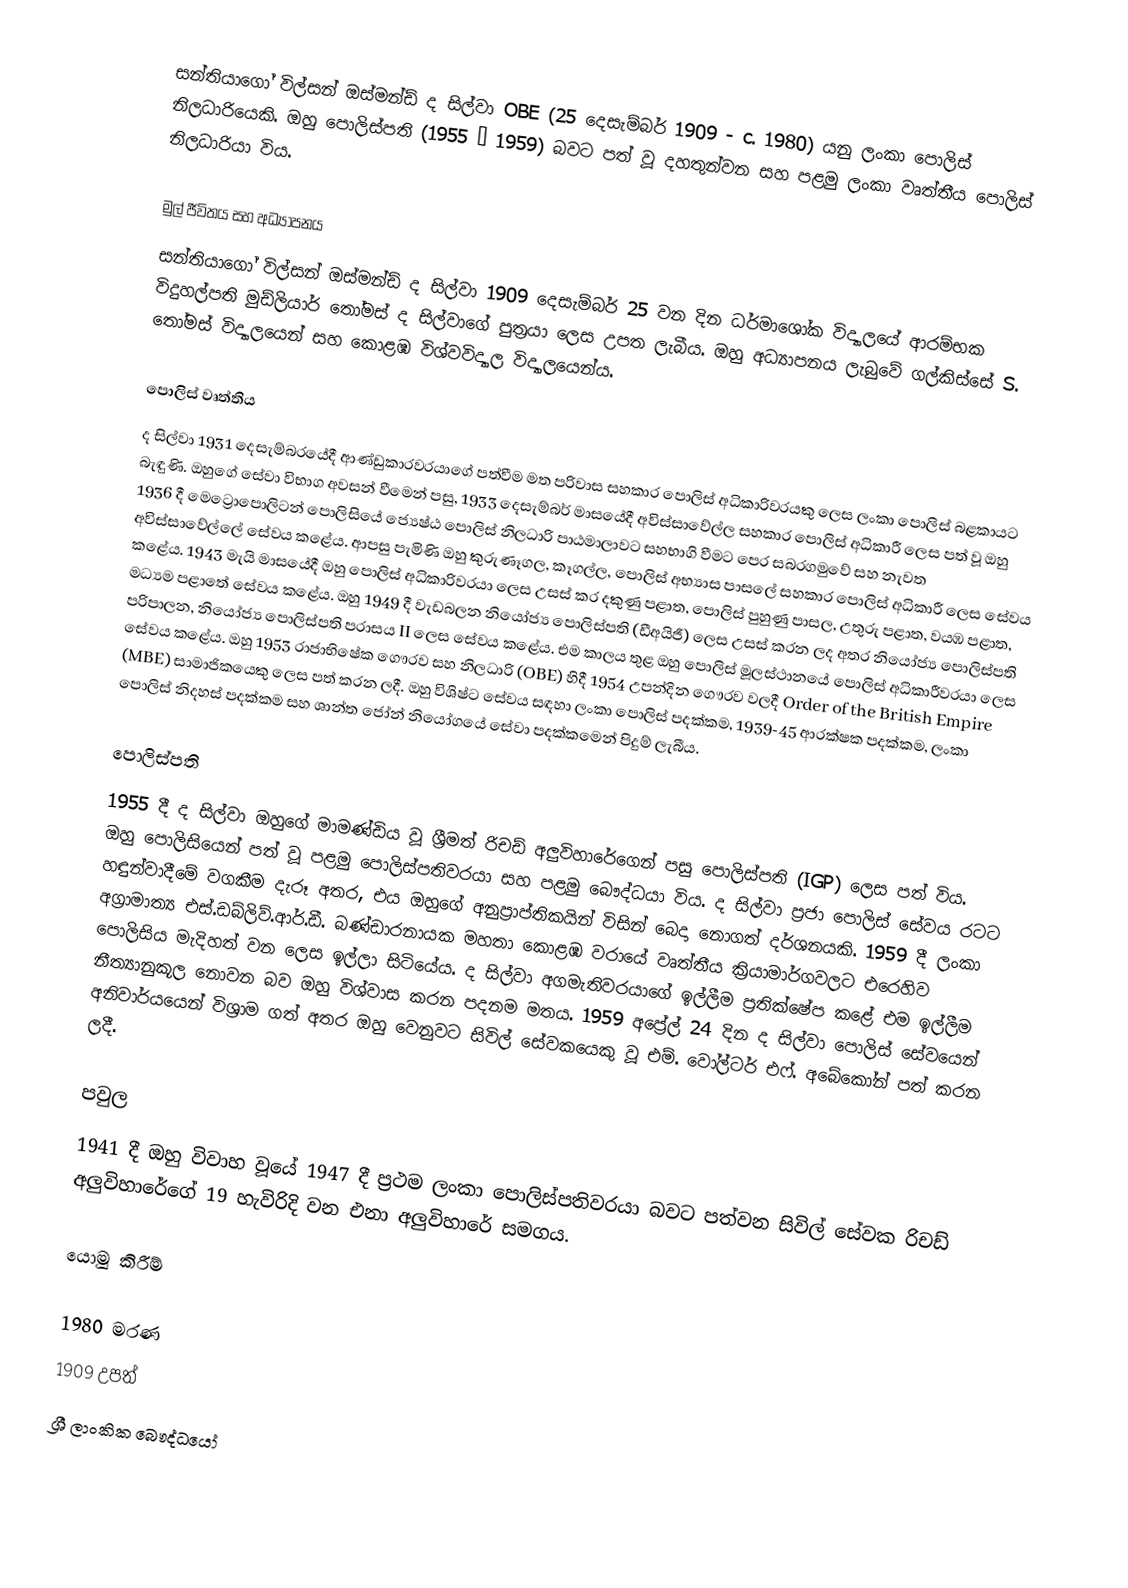
සන්තියාගෝ විල්සන් ඔස්මන්ඩ් ද සිල්වා OBE (25 දෙසැම්බර් 1909 - c. 1980) යනු ලංකා පොලිස් නිලධාරියෙකි. ඔහු පොලිස්පති (1955 – 1959) බවට පත් වූ දහතුන්වන සහ පළමු ලංකා වෘත්තීය පොලිස් නිලධාරියා විය.

මුල් ජීවිතය සහ අධ්‍යාපනය
සන්තියාගෝ විල්සන් ඔස්මන්ඩ් ද සිල්වා 1909 දෙසැම්බර් 25 වන දින ධර්මාශෝක විද්‍යාලයේ ආරම්භක විදුහල්පති මුඩ්ලියාර් තෝමස් ද සිල්වාගේ පුත්‍රයා ලෙස උපත ලැබීය. ඔහු අධ්‍යාපනය ලැබුවේ ගල්කිස්සේ S. තෝමස් විද්‍යාලයෙන් සහ කොළඹ විශ්වවිද්‍යාල විද්‍යාලයෙන්ය.

පොලිස් වෘත්තිය
ද සිල්වා 1931 දෙසැම්බරයේදී ආණ්ඩුකාරවරයාගේ පත්වීම මත පරිවාස සහකාර පොලිස් අධිකාරිවරයකු ලෙස ලංකා පොලිස් බළකායට බැඳුණි. ඔහුගේ සේවා විභාග අවසන් වීමෙන් පසු, 1933 දෙසැම්බර් මාසයේදී අවිස්සාවේල්ල සහකාර පොලිස් අධිකාරී ලෙස පත් වූ ඔහු 1936 දී මෙට්‍රොපොලිටන් පොලිසියේ ජ්‍යෙෂ්ඨ පොලිස් නිලධාරි පාඨමාලාවට සහභාගි වීමට පෙර සබරගමුවේ සහ නැවත අවිස්සාවේල්ලේ සේවය කළේය. ආපසු පැමිණි ඔහු කුරුණෑගල, කෑගල්ල, පොලිස් අභ්‍යාස පාසලේ සහකාර පොලිස් අධිකාරී ලෙස සේවය කළේය. 1943 මැයි මාසයේදී ඔහු පොලිස් අධිකාරිවරයා ලෙස උසස් කර දකුණු පළාත, පොලිස් පුහුණු පාසල, උතුරු පළාත, වයඹ පළාත, මධ්‍යම පළාතේ සේවය කළේය. ඔහු 1949 දී වැඩබලන නියෝජ්‍ය පොලිස්පති (ඩීඅයිජී) ලෙස උසස් කරන ලද අතර නියෝජ්‍ය පොලිස්පති පරිපාලන, නියෝජ්‍ය පොලිස්පති පරාසය II ලෙස සේවය කළේය. එම කාලය තුළ ඔහු පොලිස් මූලස්ථානයේ පොලිස් අධිකාරීවරයා ලෙස සේවය කළේය. ඔහු 1953 රාජාභිෂේක ගෞරව සහ නිලධාරි (OBE) හිදී 1954 උපන්දින ගෞරව වලදී Order of the British Empire (MBE) සාමාජිකයෙකු ලෙස පත් කරන ලදී. ඔහු විශිෂ්ට සේවය සඳහා ලංකා පොලිස් පදක්කම, 1939-45 ආරක්ෂක පදක්කම, ලංකා පොලිස් නිදහස් පදක්කම සහ ශාන්ත ජෝන් නියෝගයේ සේවා පදක්කමෙන් පිදුම් ලැබීය.

පොලිස්පති
1955 දී ද සිල්වා ඔහුගේ මාමණ්ඩිය වූ ශ්‍රීමත් රිචඩ් අලුවිහාරේගෙන් පසු පොලිස්පති (IGP) ලෙස පත් විය. ඔහු පොලිසියෙන් පත් වූ පළමු පොලිස්පතිවරයා සහ පළමු බෞද්ධයා විය. ද සිල්වා ප්‍රජා පොලිස් සේවය රටට හඳුන්වාදීමේ වගකීම දැරූ අතර, එය ඔහුගේ අනුප්‍රාප්තිකයින් විසින් බෙදා නොගත් දර්ශනයකි. 1959 දී ලංකා අග්‍රාමාත්‍ය එස්.ඩබ්ලිව්.ආර්.ඩී. බණ්ඩාරනායක මහතා කොළඹ වරායේ වෘත්තීය ක්‍රියාමාර්ගවලට එරෙහිව පොලිසිය මැදිහත් වන ලෙස ඉල්ලා සිටියේය. ද සිල්වා අගමැතිවරයාගේ ඉල්ලීම ප්‍රතික්ෂේප කළේ එම ඉල්ලීම නීත්‍යානුකූල නොවන බව ඔහු විශ්වාස කරන පදනම මතය. 1959 අප්‍රේල් 24 දින ද සිල්වා පොලිස් සේවයෙන් අනිවාර්යයෙන් විශ්‍රාම ගත් අතර ඔහු වෙනුවට සිවිල් සේවකයෙකු වූ එම්. වෝල්ටර් එෆ්. අබේකෝන් පත් කරන ලදී.

පවුල
1941 දී ඔහු විවාහ වූයේ 1947 දී ප්‍රථම ලංකා පොලිස්පතිවරයා බවට පත්වන සිවිල් සේවක රිචඩ් අලුවිහාරේගේ 19 හැවිරිදි  වන එනා අලුවිහාරේ සමගය.

යොමු කිරීම්

1980 මරණ
1909 උපත්
ශ්‍රී ලාංකික බෞද්ධයෝ